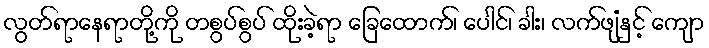
လွတ်ရာနေရာတို့ကို တစွပ်စွပ် ထိုးခဲ့ရာ ခြေထောက်၊ ပေါင်၊ ခါး၊ လက်ဖျံနှင့် ကျော